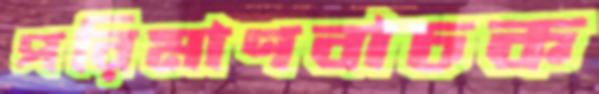
পরিমাণবাচক